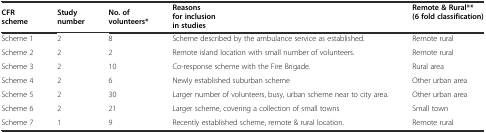
<table><thead><tr><td><b>CFR scheme</b></td><td><b>Study number</b></td><td><b>No. of volunteers*</b></td><td><b>Reasons for inclusion in studies</b></td><td><b>Remote &amp; Rural** (6 fold classification)</b></td></tr></thead><tbody><tr><td>Scheme 1</td><td>2</td><td>8</td><td>Scheme described by the ambulance service as established.</td><td>Remote rural</td></tr><tr><td>Scheme 2</td><td>2</td><td>2</td><td>Remote island location with small number of volunteers.</td><td>Remote rural</td></tr><tr><td>Scheme 3</td><td>2</td><td>10</td><td>Co-response scheme with the Fire Brigade.</td><td>Rural area</td></tr><tr><td>Scheme 4</td><td>2</td><td>6</td><td>Newly established suburban scheme</td><td>Other urban area</td></tr><tr><td>Scheme 5</td><td>2</td><td>30</td><td>Larger number of volunteers, busy, urban scheme near to city area.</td><td>Other urban area</td></tr><tr><td>Scheme 6</td><td>2</td><td>21</td><td>Larger scheme, covering a collection of small towns</td><td>Small town</td></tr><tr><td>Scheme 7</td><td>1</td><td>9</td><td>Recently established scheme, remote &amp; rural location.</td><td>Remote rural</td></tr></tbody></table>